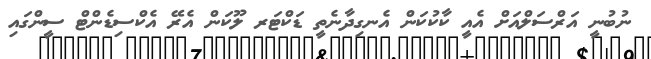
ނުބުނީ އަރްސަލްއަށް އެއީ ކާކުކަން އެނގިދާނެތީ ޑަކްޓަރ ލޫކަން އެރޭ އެކްސިޑެންޓް ސީންގައި